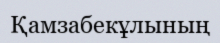
Қамзабекұлының